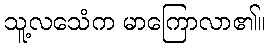
သူ့လသေံက မာကြောလာ၏။